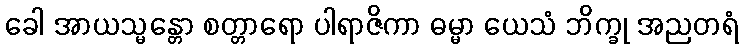
ခေါ အာယသ္မန္တော စတ္တာရော ပါရာဇိကာ ဓမ္မာ ယေသံ ဘိက္ခု အညတရံ